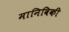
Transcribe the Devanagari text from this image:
मानिविकी